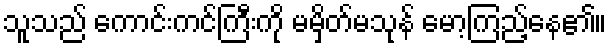
သူသည် ကောင်းကင်ကြီးကို မမှိတ်မသုန် မော့ကြည့်နေ၏။